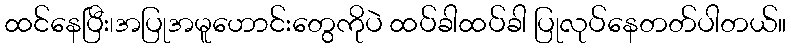
ထင်နေပြီး၊အပြုအမူဟောင်းတွေကိုပဲ ထပ်ခါထပ်ခါ ပြုလုပ်နေတတ်ပါတယ်။